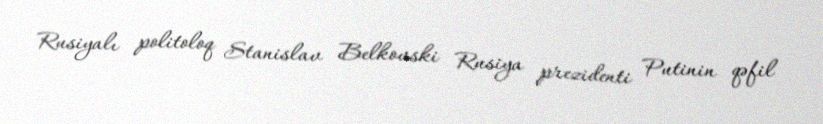
Rusiyalı politoloq Stanislav Belkovski Rusiya prezidenti Putinin qəfil